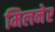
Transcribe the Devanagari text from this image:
मिलनेर